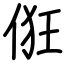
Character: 俇